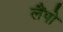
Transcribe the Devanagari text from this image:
लैंपो